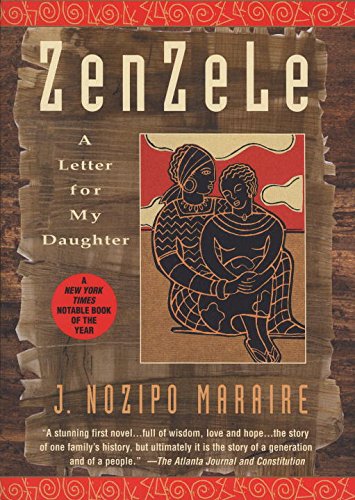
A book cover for Zenzele: A Letter for My Daughter; J. Nozipo Maraire; Literature & Fiction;